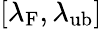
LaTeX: [\lambda_{\mathrm{F}},\lambda_{\mathrm{ub}}]